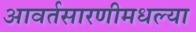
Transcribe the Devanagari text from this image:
आवर्तसारणीमधल्या